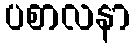
ပစာလနာ